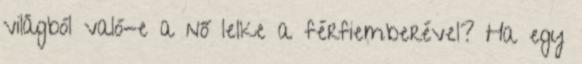
világból való-e a nő lelke a férfiemberével? Ha egy